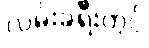
လမ်းခရီးတွင်